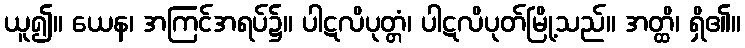
ယူ၍။ ယေန၊ အကြင်အရပ်၌။ ပါဋလိပုတ္တံ၊ ပါဋလိပုတ်မြို့သည်။ အတ္ထိ၊ ရှိ၏။